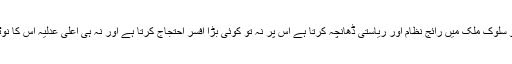
غریبوں ، مجبوروں اور بے بسوں کے ساتھ جو سلوک ملک میں رائج نظام اور ریاستی ڈھانچہ کرتا ہے اس پر نہ تو کوئی بڑا افسر احتجاج کرتا ہے اور نہ ہی اعلیٰ عدلیہ اس کا نوٹس لے کر اسے روکنے کی کوشش کرتی ہے۔